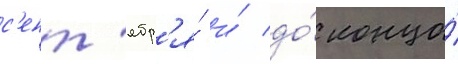
с'ент'ябр'я́ и́ до́ конца́